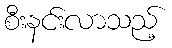
စီးနင်းလာသည့်